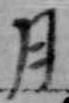
月